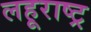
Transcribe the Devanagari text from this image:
लहूराष्ट्र